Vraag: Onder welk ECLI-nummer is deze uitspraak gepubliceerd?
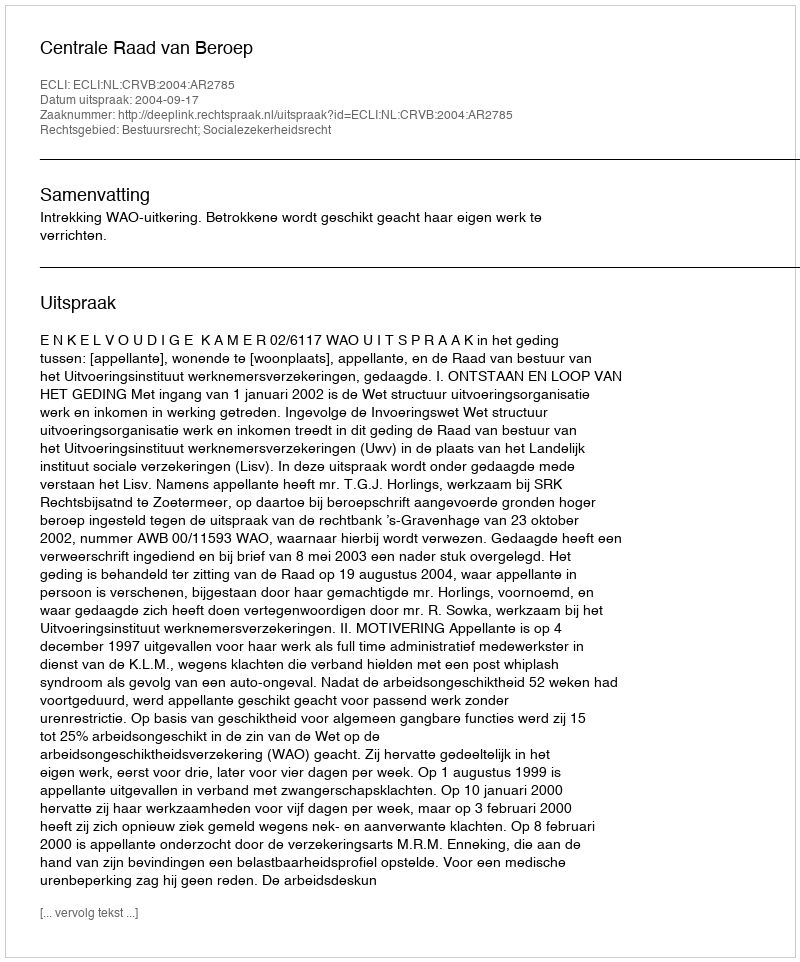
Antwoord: ECLI:NL:CRVB:2004:AR2785